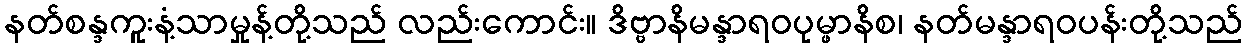
နတ်စန္ဒကူးနံ့သာမှုန့်တို့သည် လည်းကောင်း။ ဒိဗ္ဗာနိမန္ဒာရဝပုမ္ဖာနိစ၊ နတ်မန္ဒာရဝပန်းတို့သည်